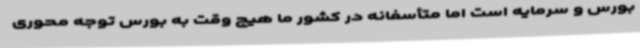
بورس و سرمایه است اما متأسفانه در کشور ما هیچ وقت به بورس توجه محوری